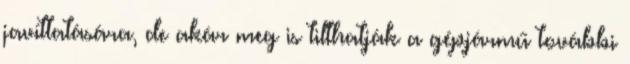
javíttatására, de akár meg is tilthatják a gépjármű további